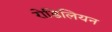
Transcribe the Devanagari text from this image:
रोडिलियन